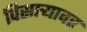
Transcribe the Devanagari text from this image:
पिसाऱ्यावर